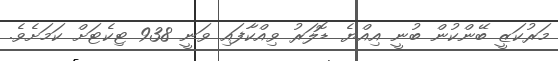
މަރުކަޒީ ބޭންކުން ބުނީ އިއްޔެ ޑޮލަރު ވިއްކާފައި ވަނީ 938 ޓިކެޓަށް ކަމަށެވެ.